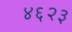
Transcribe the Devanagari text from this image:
४६२३